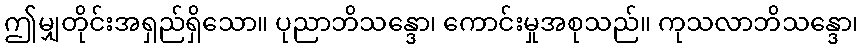
ဤမျှတိုင်းအရှည်ရှိသော။ ပုညာဘိသန္ဒော၊ ကောင်းမှုအစုသည်။ ကုသလာဘိသန္ဒော၊